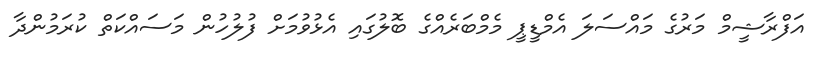
އަފްރާޝީމް މަރުގެ މައްސަލަ އެމްޑީޕީ މެމްބަރެއްގެ ބޮލުގައި އެޅުވުމަށް ފުލުހުން މަސައްކަތް ކުރަމުންދާ